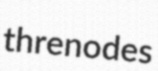
threnodes